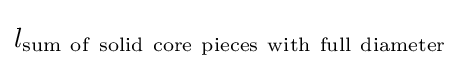
l_{\mathrm {sum~of~solid~core~pieces~with~full~diameter} }